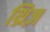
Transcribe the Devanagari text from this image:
थ्रिज़